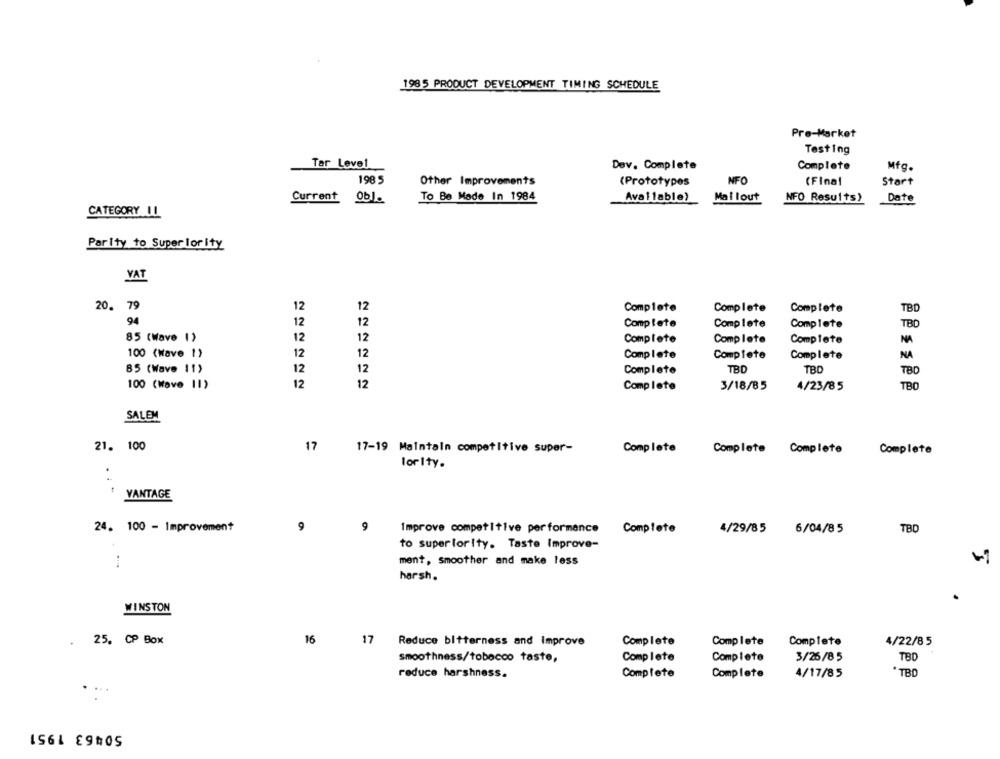
1985 PRODUCT DEVELOPMENT TIMING SCHEDULE
Pre-Market
Testing
Tar Level
Dev. Complete
Complete
Mfg.
198 5
Other Improvements
(Prototypes
NFO
(Final
Start
To Be Made In 1984
Mailout
Date
Current ObJ.
Available)
NFO Results)
CATEGORY LL
Parity to Superiority
YAT
20. 79
12
12
Complete
Complete
Complete
TBD
94
12
12
Complete
Complete
Complete
TBD
85 (Wave I)
12
12
Complete
Complete
Complete
NA
100 (Wave 1)
12
12
Complete
Complete
Complete
NA
85 (Wave 11)
12
12
Complete
TBD
TBD
TBD
100 (Wave 11)
12
12
Complete
3/18/85
4/23/85
TBO
SALEM
21. 100
17
17-19 Maintain competitive super-
Complete
Complete Complete
Complete
lorIty.
. . .
VANTAGE
24. 100 - Improvement
9
9
Improve competitive performance
Complete
4/29/85
6/04/85
TBD
to superiority. Taste Improve-
ment, smoother and make less
harsh.
WINSTON
25. CP Box
16
17
Reduce bitterness and Improve
Complete
Complete
Complete
4/22/8 5
smoothness/tobacco taste,
Complete
Complete
3/25/8 5
TBD
reduce harshness.
Complete
Complete
4/17/85
*TBD
....
50463 1951